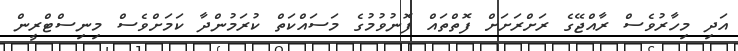
އަދި މިހާރުވެސް ރާއްޖޭގެ ރަށްރަށަށް ފޮތްތައް ފޮނުވުމުގެ މަސައްކަތް ކުރަމުންދާ ކަމަށްވެސް މިނިސްޓްރީން